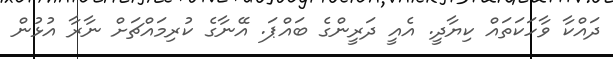
ދައްކާ ވާހަކަތައް ކިޔާދީ. އެއީ ދަރީންގެ ބައްޕަ. އޭނާގެ ކުރިމައްޗަށް ނާރާ އުޅުން